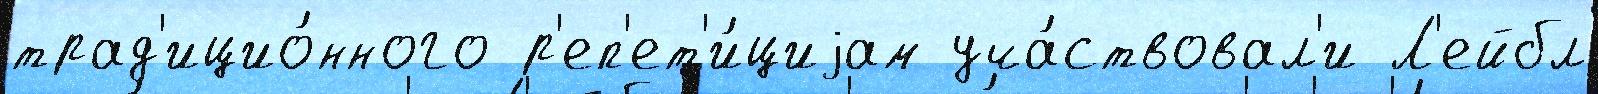
трад'ицио́нного р'еп'ет'и́циjам уча́ствовал'и Л'ейбл